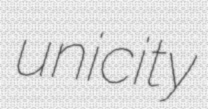
unicity